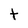
Character: t